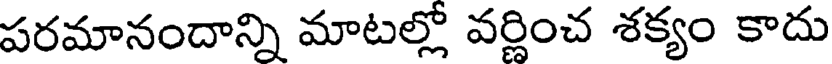
పరమానందాన్ని మాటల్లో వర్ణించ శక్యం కాదు